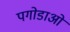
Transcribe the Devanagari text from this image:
पगोडाओं